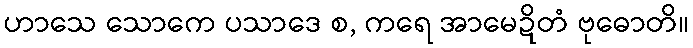
ဟာသေ သောကေ ပသာဒေ စ, ကရေ အာမေဍိတံ ဗုဓောတိ။